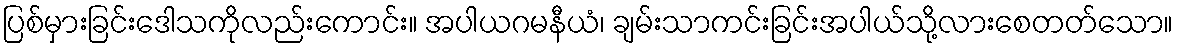
ပြစ်မှားခြင်းဒေါသကိုလည်းကောင်း။ အပါယဂမနီယံ၊ ချမ်းသာကင်းခြင်းအပါယ်သို့လားစေတတ်သော။